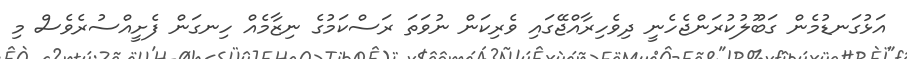
އަޅުގަނޑުމެން ގަބޫލުކުރަންޖެހެނީ ދިވެހިރާއްޖޭގައި ވެރިކަން ނުވަތަ ރަސްކަމުގެ ނިޒާމެއް ހިނގަން ފެށީއްސުރެވެސް މި